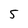
Character: S